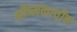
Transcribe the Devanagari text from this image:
भीष्मकाचीच